Civil Veterinary Department Bihar & Orissa reports 1911-21 - 1911-1921
Year: 1911
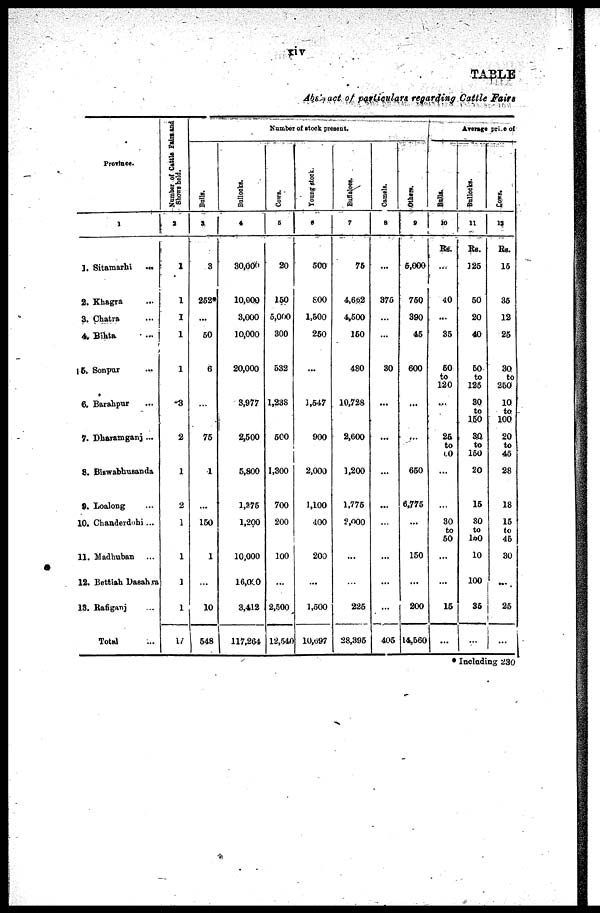
TABLE
Abstract of particulars, regarding Cattle Fairs
Province.
1
1. Sitamarhi …
2. Khagra …
3. Chatra …
4. Bihta
…
15. Sonpur …
6. Barahpur …
7. Dharamganj ...
8. Biswabhusanda
9. Loalong …
10. Chanderdohi...
11. Madhuban …
12. Bettiah Dasahra
13. Rafiganj …
Total …
Number of Cattle Fairs and
Shows held.
2
1
1
1
1
1
3
2
…
2
…
…
…
…
17
Number of stock present.
Bulls.
3
3
252*
...
50
6
…
75
1
...
150
1
...
10
548
Bullocks.
4
30,000
10,000
3,000
10,000
20,000
3,977
2,500
5,800
1,875
1,200
10,000
16,000
3,412
117,264
Cows.
5
20
150
5,000
300
532
1,238
500
1,300
700
200
100
...
2,500
12,540
Young stock.
6
500
800
1,500
250
…
1,547
900
2,000
1,100
400
200
...
1,500
10,697
Buffaloes.
7
75
4,662
4,500
150
480
10,728
2,600
1,200
1,775
2,000
...
…
225
28,395
Camels.
8
...
375
...
...
30
…
…
...
…
...
...
...
405
Others.
9
5,000
750
390
45
600
...
…
650
6,775
…
150
...
200
14,560
Average prise of
Bulls.
10
Rs.
…
40
…
35
50
to
120
...
26
to
to
...
...
30
to
50
...
...
15
...
Bullocks.
11
Rs.
125
50
20
40
50
to
125
30
to
150
30
to
150
20
15
30
to
100
10
100
35
…
Cows,
12
Rs.
15
35
12
25
30
to
250
10
to
100
20
to
45
28
18
15
to
45
30
…
25
…
* Including 230